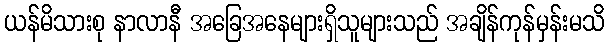
ယန်မိသားစု နာလာနီ အခြေအနေများရှိသူများသည် အချိန်ကုန်မှန်းမသိ